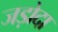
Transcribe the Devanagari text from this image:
जड़ोदा